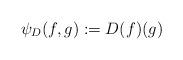
LaTeX: \begin{align*}\psi_{D}(f,g) := D(f)(g)\end{align*}